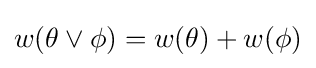
w(\theta \vee \phi )=w(\theta )+w(\phi )